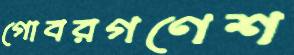
গোবরগণেশ